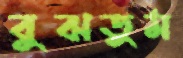
বুঝতুম